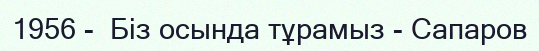
1956 -  Біз осында тұрамыз - Сапаров